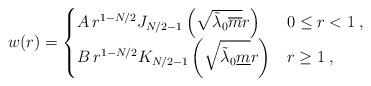
LaTeX: \begin{align*}w(r) =\begin{cases}A \, r^{1-N/2} J_{N/2-1} \left(\sqrt{\tilde{\lambda}_0 \overline{m}}r \right) & 0\le r <1 \; , \\B \, r^{1-N/2} K_{N/2-1} \left(\sqrt{\tilde{\lambda}_0 \underline{m}}r \right) & r \ge 1 \; , \\\end{cases}\end{align*}